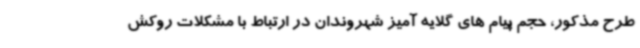
طرح مذکور، حجم پیام های گلایه آمیز شهروندان در ارتباط با مشکلات روکش